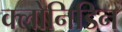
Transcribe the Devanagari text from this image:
क्लोनिडिन